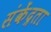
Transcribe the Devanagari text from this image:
संकेंद्रता